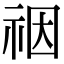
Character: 䄄